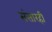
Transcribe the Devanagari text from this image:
संसारही